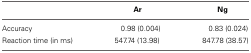
|  | Ar | Ng |
 | --- | --- | --- |
 | Accuracy | 0.98 (0.004) | 0.83 (0.024) |
 | Reaction time (in ms) | 547.74 (13.98) | 847.78 (38.57) |